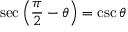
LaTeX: \sec \left( { \frac { \pi } { 2 } } - \theta \right) = \csc \theta